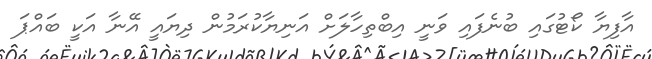
އާފިޔާ ކޯޓުގައި ބުނެފައި ވަނީ އިބްތިހާލަށް އަނިޔާކުރަމުން ދިޔައީ އޭނާ އަކީ ބައްޕަ